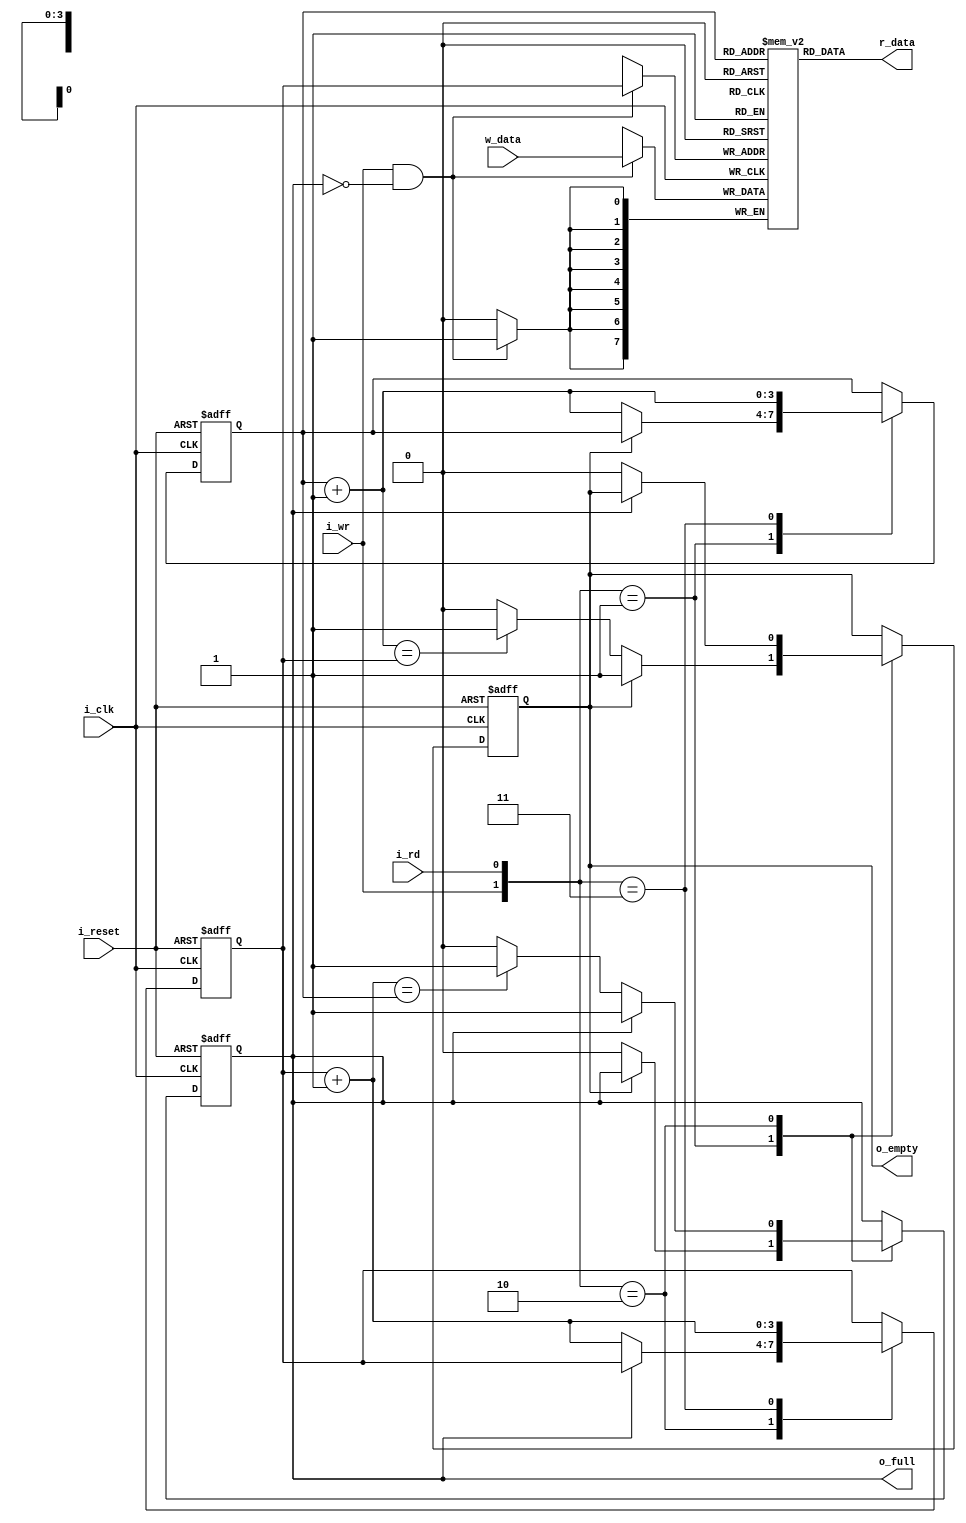
// Listing 4.20
module fifo
   #(
    parameter B=8, // number of bits in a word
              W=4  // number of address bits
   )
   (
    input wire i_clk, i_reset,
    input wire i_rd, i_wr,
    input wire [B-1:0] w_data,
    output wire o_empty, o_full,
    output wire [B-1:0] r_data
   );

   reg [B-1:0] array_reg [2**W-1:0];  
   reg [W-1:0] w_ptr_reg, w_ptr_next, w_ptr_succ;
   reg [W-1:0] r_ptr_reg, r_ptr_next, r_ptr_succ;
   reg full_reg, empty_reg, full_next, empty_next;
   wire wr_en;

   always @(posedge i_clk)
      if (wr_en)
         array_reg[w_ptr_reg] <= w_data;
   assign r_data = array_reg[r_ptr_reg];
   assign wr_en = i_wr & ~full_reg;

   always @(posedge i_clk, posedge i_reset)
      if (i_reset)
         begin
            w_ptr_reg <= 0;
            r_ptr_reg <= 0;
            full_reg <= 1'b0;
            empty_reg <= 1'b1;
         end
      else
         begin
            w_ptr_reg <= w_ptr_next;
            r_ptr_reg <= r_ptr_next;
            full_reg <= full_next;
            empty_reg <= empty_next;
         end

   always @*
   begin
      w_ptr_succ = w_ptr_reg + 1;
      r_ptr_succ = r_ptr_reg + 1;
      w_ptr_next = w_ptr_reg;
      r_ptr_next = r_ptr_reg;
      full_next = full_reg;
      empty_next = empty_reg;
      case ({i_wr, i_rd})
         2'b01: // read
            if (~empty_reg) // not empty
               begin
                  r_ptr_next = r_ptr_succ;
                  full_next = 1'b0;
                  if (r_ptr_succ==w_ptr_reg)
                     empty_next = 1'b1;
               end
         2'b10: // write
            if (~full_reg) // not full
               begin
                  w_ptr_next = w_ptr_succ;
                  empty_next = 1'b0;
                  if (w_ptr_succ==r_ptr_reg)
                     full_next = 1'b1;
               end
         2'b11: // write and read
            begin
               w_ptr_next = w_ptr_succ;
               r_ptr_next = r_ptr_succ;
            end
      endcase
   end

   assign o_full = full_reg;
   assign o_empty = empty_reg;

endmodule